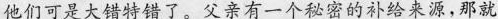
他们可是大错特错了。父亲有一个秘密的补给来源,那就